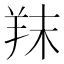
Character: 䍪